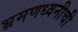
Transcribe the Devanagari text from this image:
भ्रमणध्वनीची